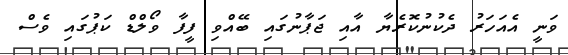
ވަނީ އެއަހަރު ދެކުނުކޮރެޔާ އާއި ޖަޕާނުގައި ބޭއްވި ފީފާ ވޯލްޑް ކަޕުގައި ވެސް